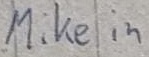
Text: Mike in